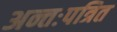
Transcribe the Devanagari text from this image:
अन्तःपत्रित